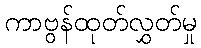
ကာဗွန်ထုတ်လွှတ်မှု